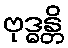
ဗုဒ္ဓန္တိ